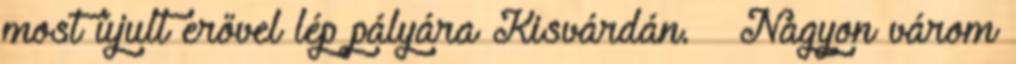
most újult erővel lép pályára Kisvárdán. – Nagyon várom